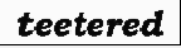
teetered